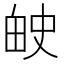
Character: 𬏅